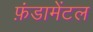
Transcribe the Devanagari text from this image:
फ़ंडामेंटल